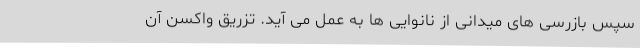
سپس بازرسی های میدانی از نانوایی ها به عمل می آید. تزریق واکسن آن